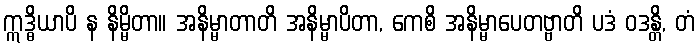
ဣဒ္ဓိယာပိ န နိမ္မိတာ။ အနိမ္မာတာတိ အနိမ္မာပိတာ, ကေစိ အနိမ္မာပေတဗ္ဗာတိ ပဒံ ဝဒန္တိ, တံ